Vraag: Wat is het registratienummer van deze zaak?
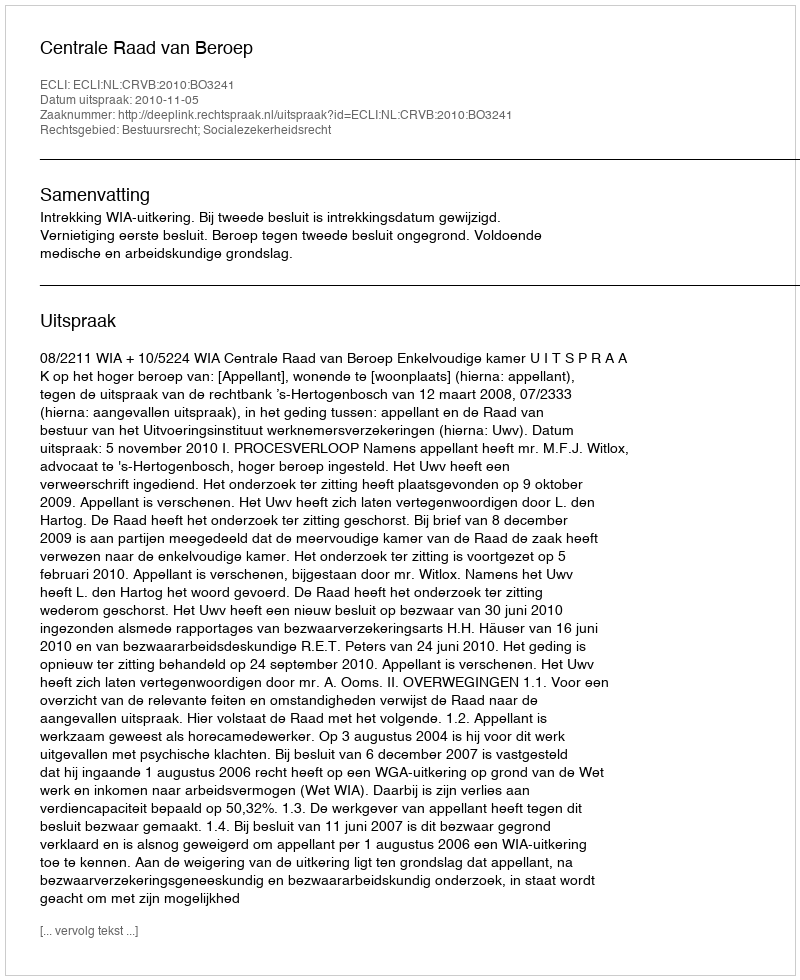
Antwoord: http://deeplink.rechtspraak.nl/uitspraak?id=ECLI:NL:CRVB:2010:BO3241